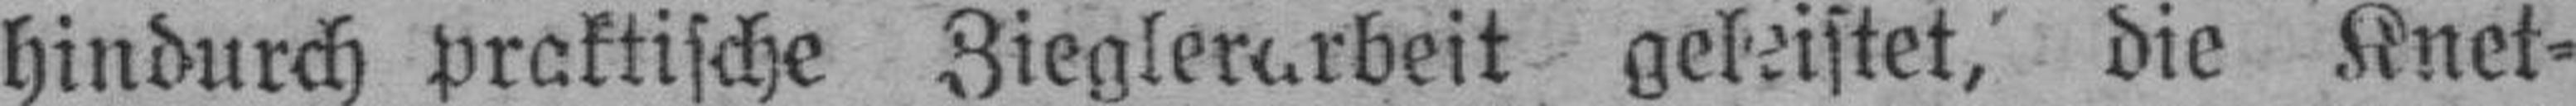
hindurch praktische Zieglerarbeit geleistet, die Knet¬